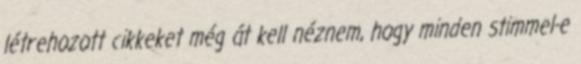
létrehozott cikkeket még át kell néznem, hogy minden stimmel-e